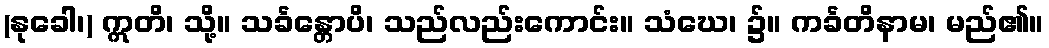
(နုခေါ၊) ဣတိ၊ သို့။ သင်္ခန္တောပိ၊ သည်လည်းကောင်း။ သံဃေ၊ ၌။ ကင်္ခတိနာမ၊ မည်၏။